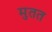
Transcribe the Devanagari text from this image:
मुतत